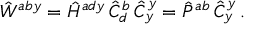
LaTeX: \hat { W } ^ { a b y } = \hat { \cal H } ^ { a d y } \, \hat { C } _ { d } ^ { b } \, \hat { C } _ { y } ^ { y } = \hat { P } ^ { a b } \, \hat { C } _ { y } ^ { y } \, .